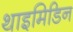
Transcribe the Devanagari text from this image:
थाइमिडिन